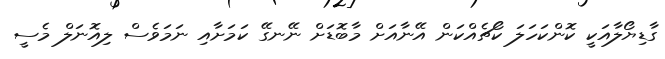
ގާޑިޔޯލާއަކީ ކޮންކަހަލަ ކޯޗެއްކަން އޭނާއަށް މާބޮޑަށް ނޭނގޭ ކަމަށާއި ނަމަވެސް ލިއޮނަލް މެސީ